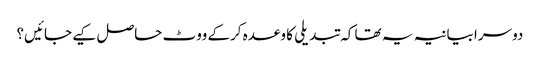
دوسرا بیانیہ یہ تھا کہ تبدیلی کا وعدہ کرکے ووٹ حاصل کیے جائیں؟